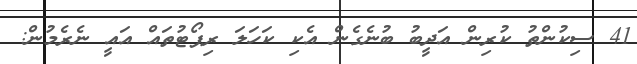
41 ސިކުންތު ކުރިން އަދީބު ބުނެގެން އެކި ކަހަލަ ރިޕޯޓުތައް އައީ ނެރެމުން: